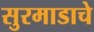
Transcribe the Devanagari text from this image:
सुरमाडाचे